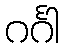
ဂင်္ဂါ